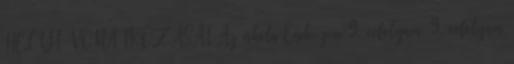
HELYI VONATKOZÁSAI Az iskola Ének-zene 9. évfolyam. 9. évfolyam